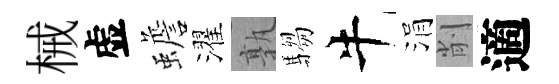
械虚蟾濯孰騶牛涓削適